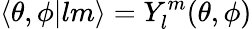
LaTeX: \langle\theta,\phi|lm\rangle=Y_{l}^{m}(\theta,\phi)